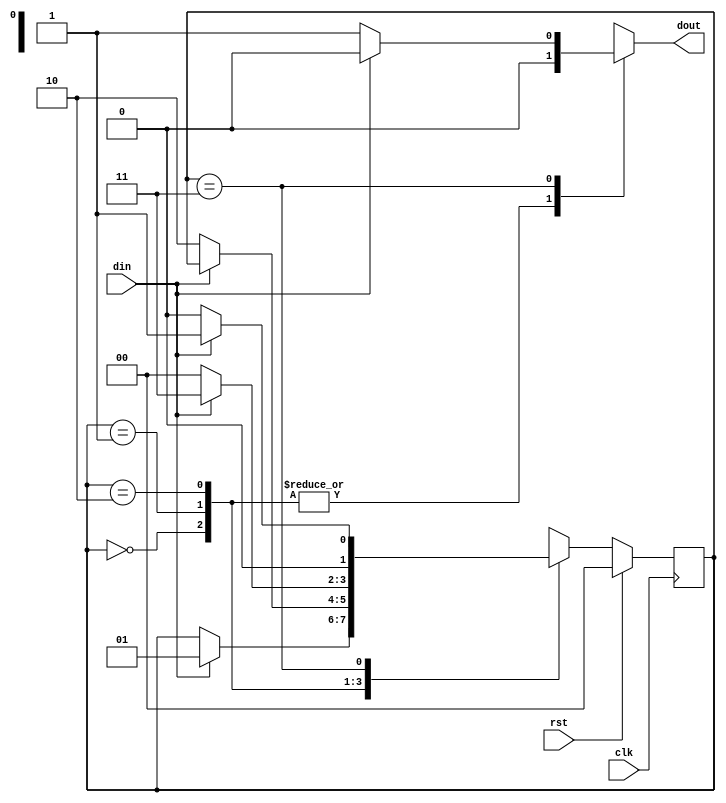
`timescale 1ns / 1ps
//////////////////////////////////////////////////////////////////////////////////
// Company: 
// Engineer: 
// 
// Design Name: 
// Module Name:    mealy_fsm_nol 
// Project Name: 
// Target Devices: 
// Tool versions: 
// Description: 
//
// Dependencies: 
//
// Revision: 
// Revision 0.01 - File Created
// Additional Comments: 
//
//////////////////////////////////////////////////////////////////////////////////
module mealy_fsm_nol(
    input din,clk,rst,
    output reg dout
    );
reg [1:0] cs,nst;
parameter s0= 2'b00,
          s1= 2'b01,
			 s2= 2'b10,
			 s3= 2'b11;

always@(posedge clk)
begin
if(rst==1) begin
cs<= s0; end
else begin
cs<= nst; end
end

always@(cs or din)
begin
case(cs)
s0: if(din==1) begin
    nst= s1; 
	 dout= 1'b0; end
	 else begin
	 nst= cs; 
	 dout= 1'b0; end

s1: if(din==0) begin
    nst= s2; 
	 dout= 1'b0; end
	 else begin
	 nst= cs; 
	 dout= 1'b0; end

s2: if(din==1) begin
    nst= s3; 
	 dout= 1'b0; end
	 else begin
	 nst= s0; 
	 dout= 1'b0; end

s3: if(din==0) begin
    nst= s0; 
	 dout= 1'b1; end
	 else begin
	 nst= s1; 
	 dout= 1'b0; end

default: nst= s0; 	 
	 
endcase
end

endmodule